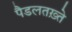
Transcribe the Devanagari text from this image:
पैडलतख़्ते